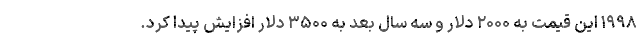
۱۹۹۸ این قیمت به ۲۰۰۰ دلار و سه سال بعد به ۳۵۰۰ دلار افزایش پیدا کرد.